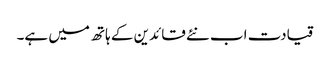
قیادت اب نئے قائدین کے ہاتھ میں ہے۔